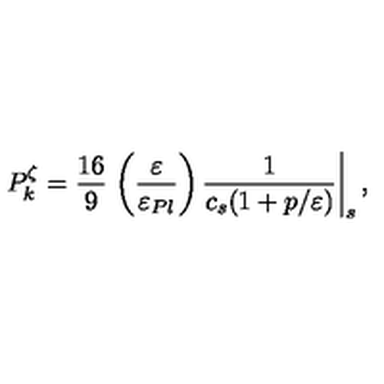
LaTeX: P _ { k } ^ { \zeta } = \frac { 1 6 } { 9 } \left. \left( \frac { \varepsilon } { \varepsilon _ { P l } } \right) { \frac { 1 } { c _ { s } ( 1 + p / \varepsilon ) } } \right| _ { s } ,